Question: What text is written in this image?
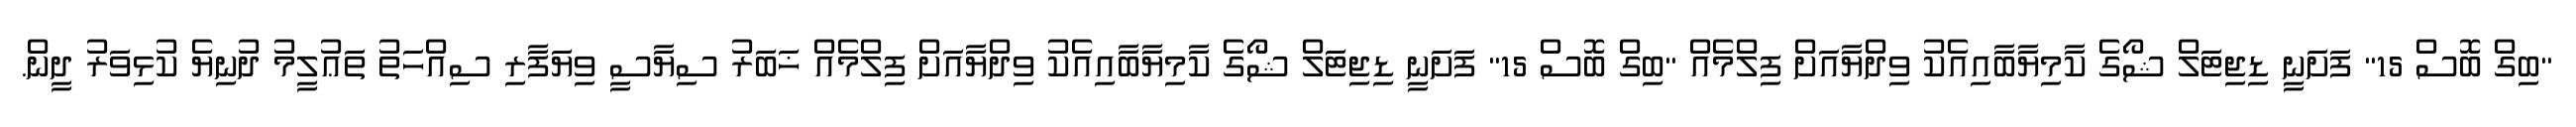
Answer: "ބިގް ބޮސް 15" ފަށަނީ ޑިޖިޓަލް ޝޯގެ ކާމިޔާބާއިއެކު ވިދްޔާއަށް ފިލްމެއް "ބިގް ބޮސް 15" ފަށަނީ ޑިޖިޓަލް ޝޯގެ ކާމިޔާބާއިއެކު ވިދްޔާއަށް ފިލްމެއް ޚަބަރު ސިޔާސީ ވިޔަފާރި ސިއްހަތު ތަޢުލީމު ދުނިޔެ ކުޅިވަރު ދީން.